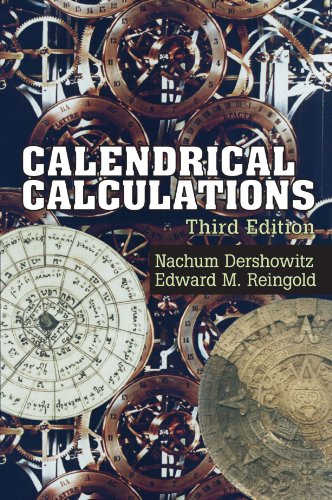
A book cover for Calendrical Calculations; Nachum Dershowitz; Science & Math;